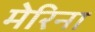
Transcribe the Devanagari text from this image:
मेरिना